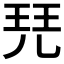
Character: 𰡷